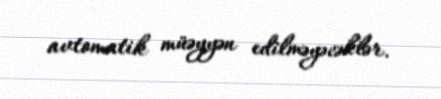
avtomatik müəyyən edilməyəcəklər.